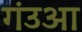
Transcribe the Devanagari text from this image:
गंउआ